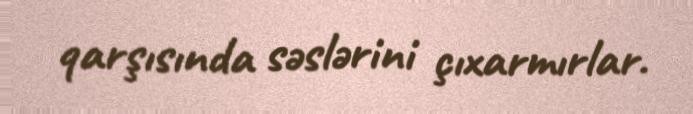
qarşısında səslərini çıxarmırlar.